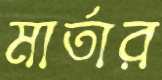
মার্তার